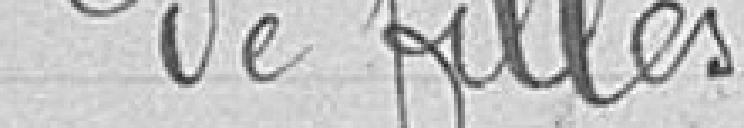
de filles